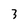
Character: 3